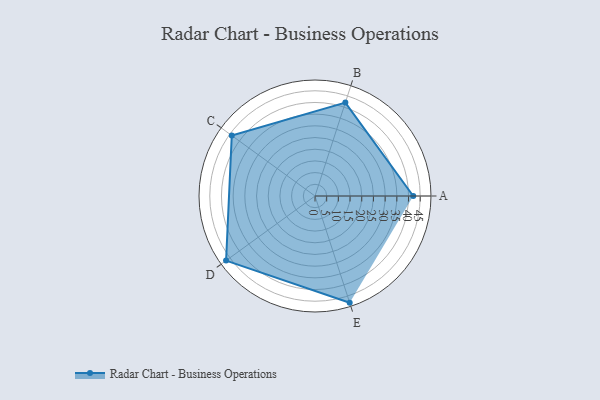
{"axis": {"x": "Skill", "y": "Score"}, "legend": ["Profile"], "data": [{"x": "A", "y": 42.0, "type": "Profile"}, {"x": "B", "y": 42.0, "type": "Profile"}, {"x": "C", "y": 44.0, "type": "Profile"}, {"x": "D", "y": 47.0, "type": "Profile"}, {"x": "E", "y": 48.0, "type": "Profile"}]}